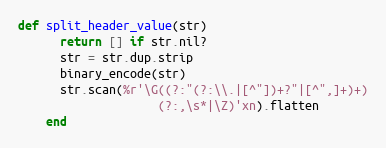
Language: Ruby
def split_header_value(str)
      return [] if str.nil?
      str = str.dup.strip
      binary_encode(str)
      str.scan(%r'\G((?:"(?:\\.|[^"])+?"|[^",]+)+)
                    (?:,\s*|\Z)'xn).flatten
    end